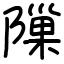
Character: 隟